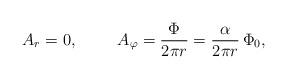
LaTeX: \begin{align*}A_r=0,\hspace*{1cm} A_\varphi=\frac{\Phi}{2\pi r}=\frac{\alpha}{2\pi r}\,\Phi_0,\end{align*}